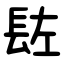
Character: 䦈